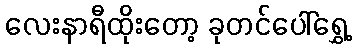
လေးနာရီထိုးတော့ ခုတင်ပေါ်ရွှေ့